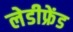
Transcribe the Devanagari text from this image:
लेडीफ्रेंड